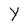
Character: Y